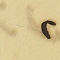
٢